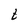
Character: t